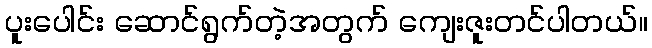
ပူးပေါင်း ဆောင်ရွက်တဲ့အတွက် ကျေးဇူးတင်ပါတယ်။